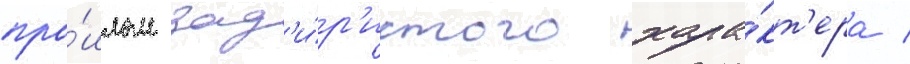
про́шлом зад'и́р'истого хара́кт'ера /